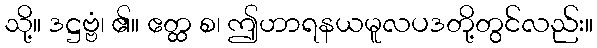
သို့။ ဒဋ္ဌဗ္ဗံ၊ ၏။ ဧတ္ထ စ၊ ဤဟာရနယမူလပဒတို့တွင်လည်း။